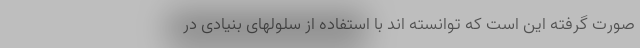
صورت گرفته این است که توانسته اند با استفاده از سلولهای بنیادی در